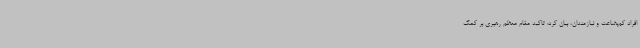
افراد کم‌بضاعت و نیازمندان، بیان کرد: تاکید مقام معظم رهبری بر کمک